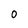
Character: 0